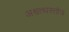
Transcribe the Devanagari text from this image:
अश्वत्थस्तोत्र